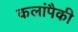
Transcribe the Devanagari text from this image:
कलांपैकी